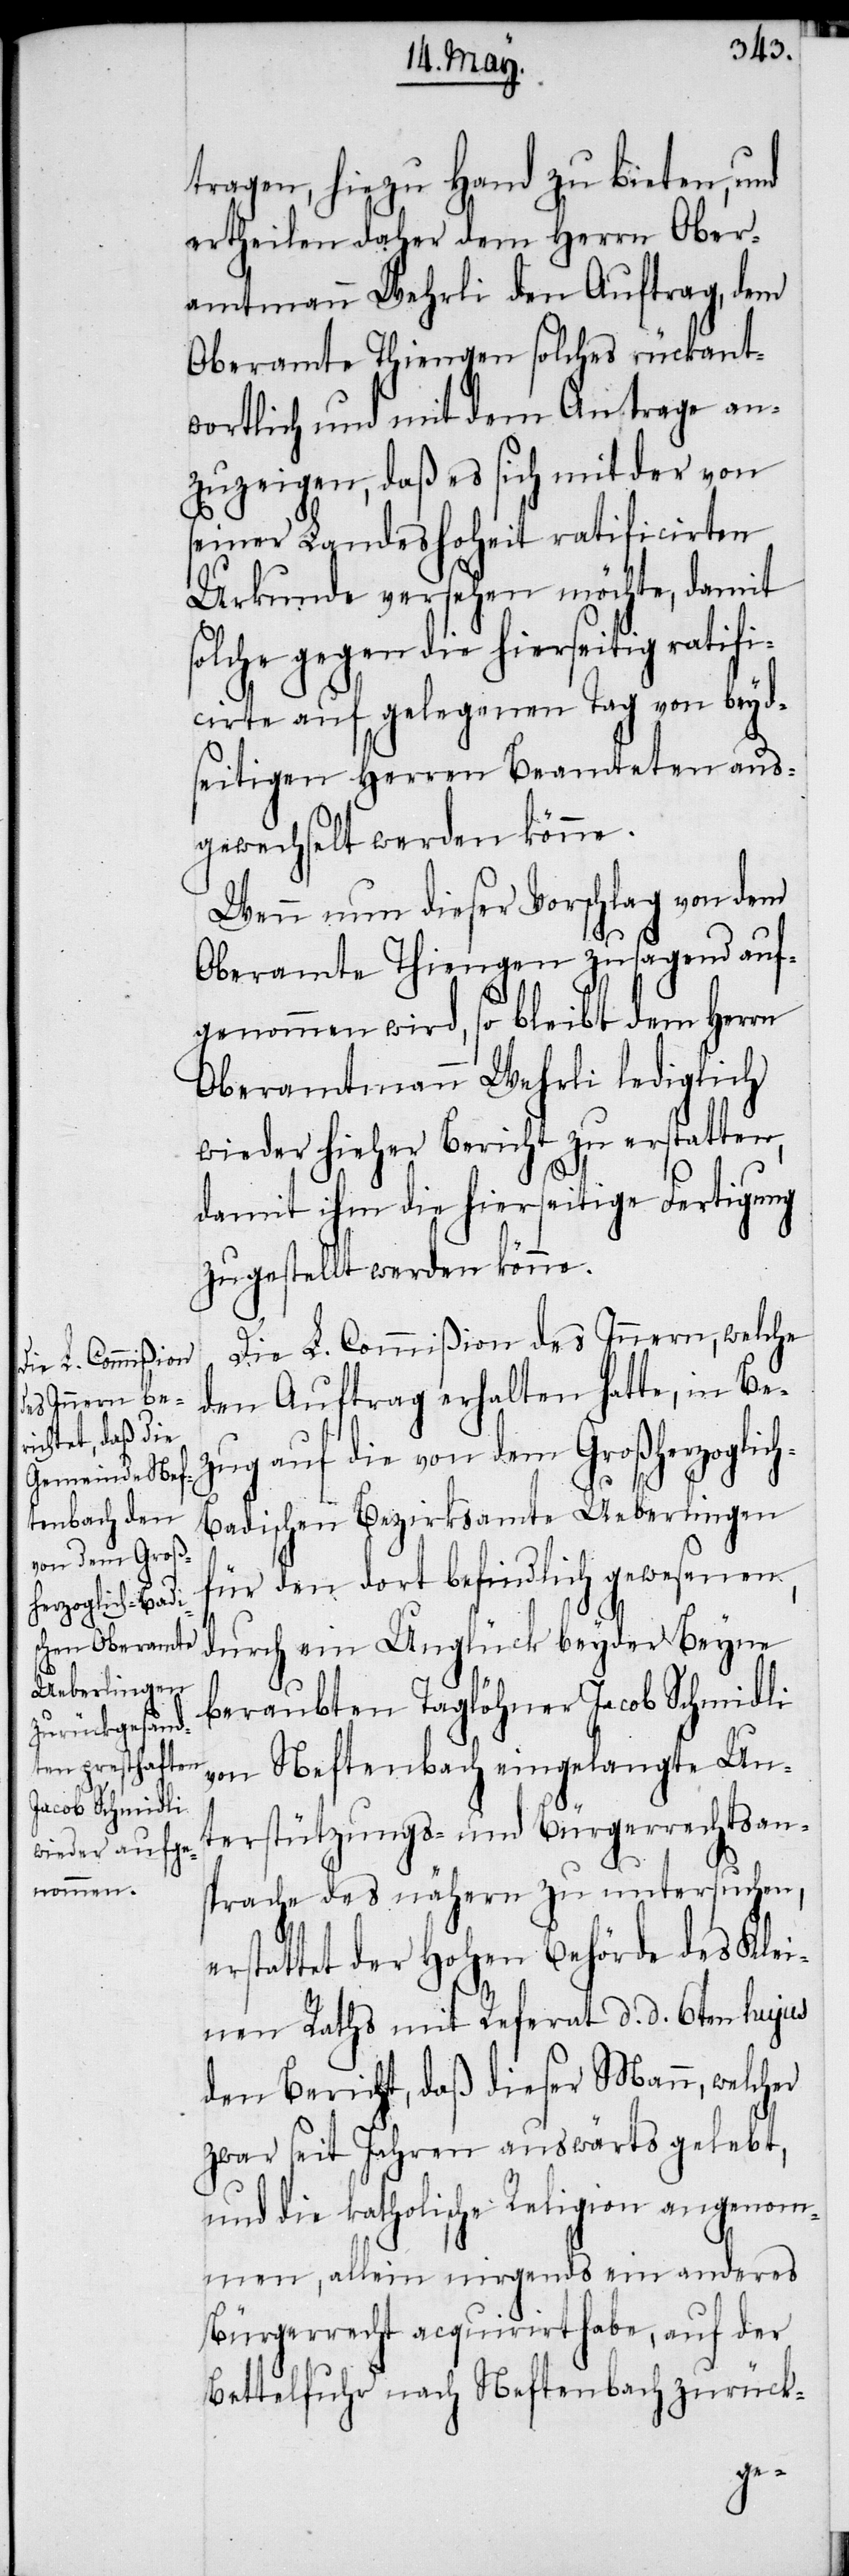
tragen, hiezu Hand zu bieten, und
ertheilen daher dem Herrn Ober¬
amtmann Wehrli den Auftrag, dem
Oberamte Thiengen solches rückant¬
wortlich und mit dem Antrage an¬
zuzeigen, daß es sich mit der von
seiner Landeshoheit ratificirten
Urkunde versehen möchte, damit
solche gegen die hierseitig ratifi¬
cirte auf gelegenen Tag von beyd¬
seitigen Herren Beamteten aus¬
gewechselt werden könne.
Wenn nun dieser Vorschlag von dem
Oberamte Thiengen zusagend auf¬
genommen wird, so bleibt dem Herrn
Oberamtmann Wehrli lediglich
wieder hieher Bericht zu erstatten,
damit ihm die hierseitige Fertigung
zugestellt werden könne.
Die L. Commißion des Innern, welche
den Auftrag erhalten hatte, in Be¬
zug auf die von dem Großherzoglic¬
h-Badischen Bezirksamte Ueberlingen
für den dort befindlich gewesenen,
durch ein Unglück beyder Beyne
beraubten Taglöhner Jacob Schmidli
von Neftenbach eingelangte Un¬
terstützungs- und Bürgerrechtsan¬
sprache des nähern zu untersuchen,
erstattet der Hohen Behörde des Klei¬
nen Raths mit Referat d. d. 6ten hujus
den Bericht, daß dieser Mann, welcher
zwar seit Jahren auswärts gelebt,
und die katholische Religion angenom¬
men, allein nirgends ein anderes
Bürgerrecht acquirirt habe, auf der
Bettelfuhr nach Neftenbach zurück-